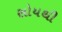
સોયથી